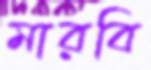
মারবি